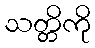
သတ္တိကို